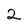
Character: 2